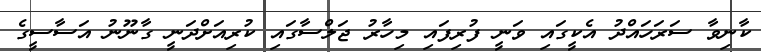
ކާނިވާ ސަރަހައްދު އެކީގައި ވަނީ ފުރިފައި މިހާރު ޖަލްސާގައި ކުރިއަށްދަނީ ގާނޫނު އަސާސީގެ